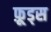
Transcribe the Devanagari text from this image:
फ़ूड्स